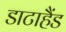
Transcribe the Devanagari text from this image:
डाटाहैंड